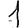
Digit: 1